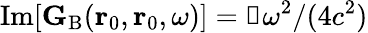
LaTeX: \mathrm{Im}[{\mathbf G}_{\mathrm{B}}(\mathbf{r}_{0},\mathbf{r}_{0},\omega)]={\mathbb{1}}\omega^{2}/(4c^{2})